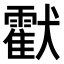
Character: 𤣅